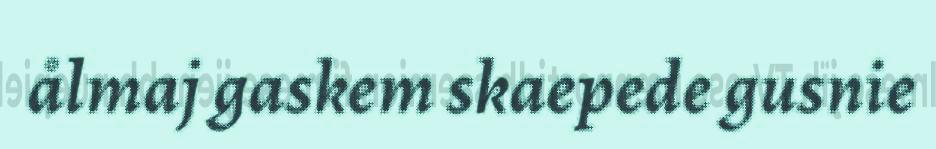
ålmaj gaskem skaepede gusnie